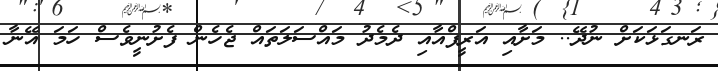
ރަނގަޅަކަށް ނުދޭ.. މަށާއި އަރީފްއާއި ދެމެދު މައްސަލަތައް ޖެހެން ފެށުނީވެސް ހަމަ އޭނާ